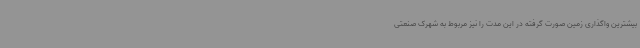
بیشترین واگذاری زمین صورت گرفته در این مدت را نیز مربوط به شهرک صنعتی